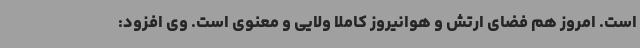
است. امروز هم فضای ارتش و هوانیروز کاملا ولایی و معنوی است. وی افزود: